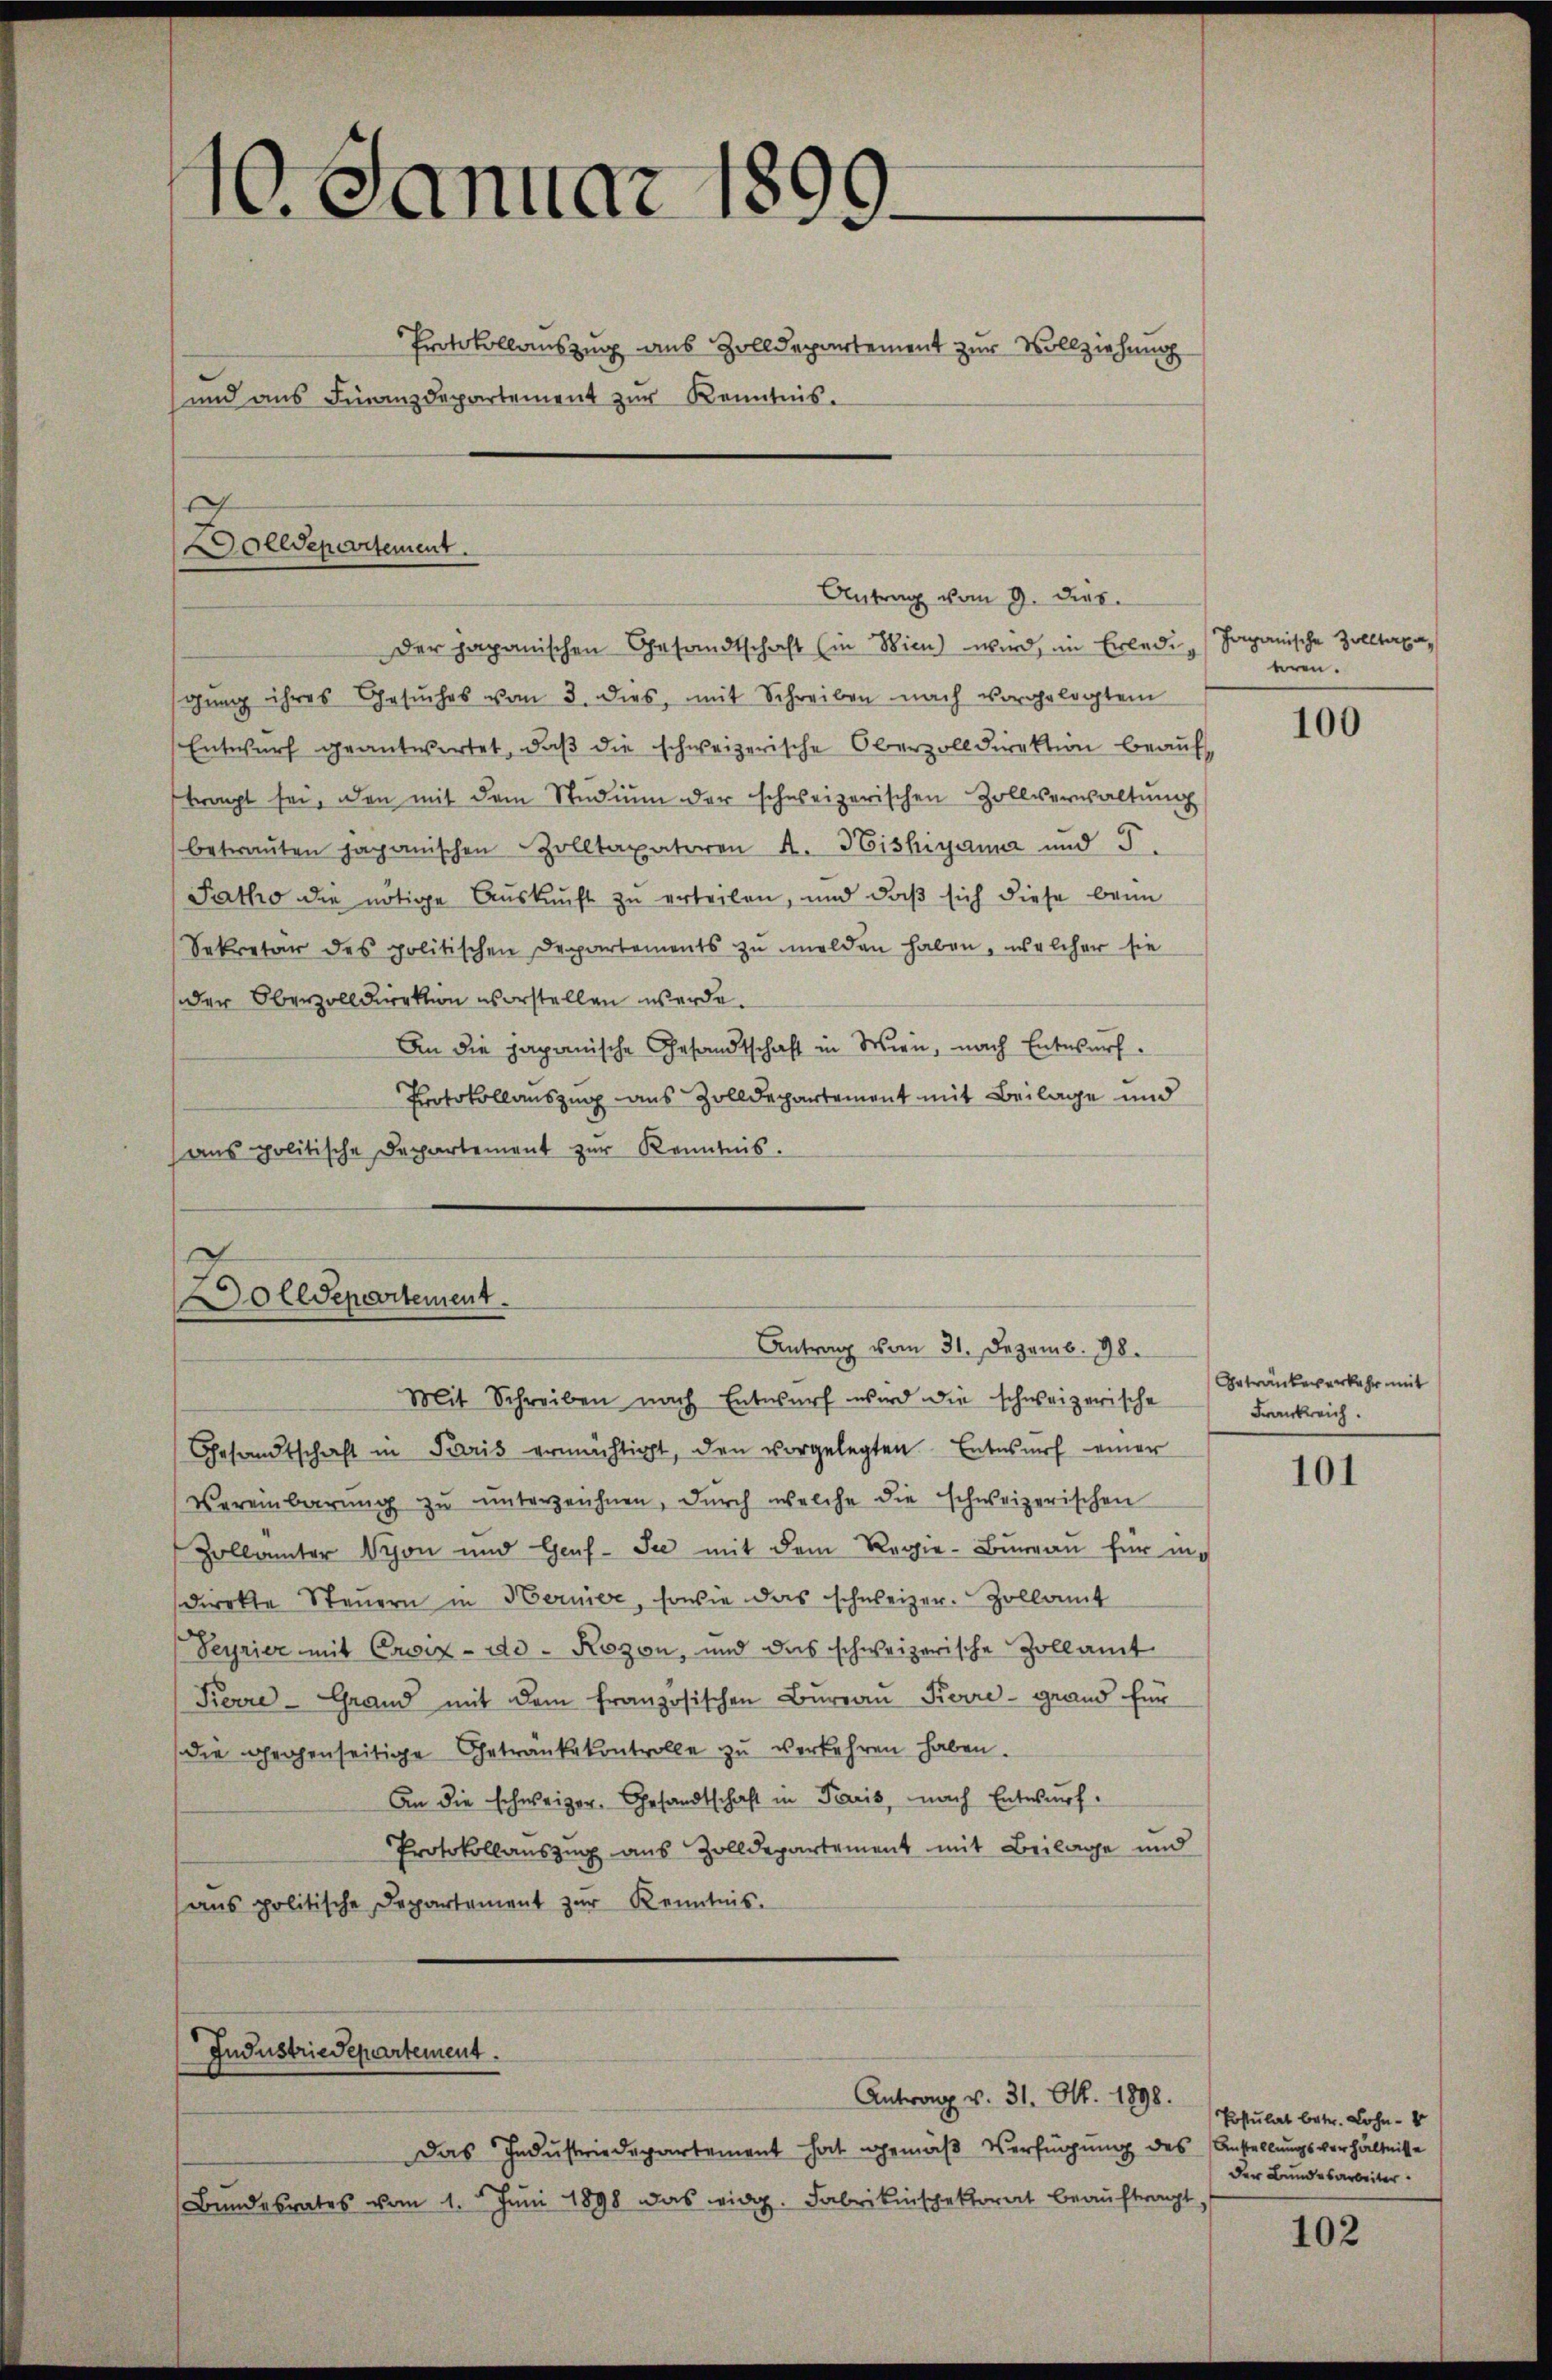
10. Januar 1899

und aus Finanzdepartement zur Kenntnis.

olldepartement.

s
olldepartement

Protokollauszug aus Zolldepartement zur Vollziehung

Antrag vom 9. dies
Der japanischen Gesandtschaft (in Wien) wird, im Erledig Japanische Zolltaxa,
sging ihres Gesuches vom 3. dies, mit Schreiben nach vorgelegtem
Entwŭrf geantwortet, daβ die schweizerische Oberzolldirektion beauf
trat sei, den mit dem Studium der schweizerischen Zollverwaltŭng
betraŭten Japanischen Zolltaxatoren A. Bishiyama und 5.
Patho die nötige Auskunft zu erteilen, und daß sich diese beim
Sekretär des politischen Departements zu melden haben, welcher sie
der Oberzolldirektion vorstellen werde.
An die japanische Gesandtschaft in Wien, nach Entwurf.
Protokollauszug aus Zolldepartement mit Beilage und
ans politische Departement zur Kenntnis.

Industriedepartement.

Antrag vom 31. Dezemb. 98.

Mit Schreiben nach Entwurf wird die schweizerische
Gesandtschaft in Paris ermächtigt, den vorgelegten Entwŭrf einer
Vereinbarŭng zŭ ŭnterzeichnen, dŭrch welche die schweizerischen
Zollämter Vyon und Genf. Sie mit dem Regie-Bureau für ins
direkte Steŭern in Hernier, sowie das schweizer. Zollamt
Seyrier mit Cawiz-de - Rozon, und das schweizerische Zollamt
Pierre-Grand mit dem französischen Bureau Korre- grand für
die gegenseitige Getränkekontrolle zu verkehren haben.
An die schweizer. Gesandtschaft in Paris, nach Entwurf.
Protokollauszug aus Zolldepartement mit Beilage und
ans politische Departement zŭr Kenntnis.

Das Industriedepartement hat gemäß Verfügung des Anstellungsverhältnisse
Bundesrates vom 1. Juni 1898 das eidg. Fabrikinspektorat beauftragt,

Antrag v. 31. Okt. 1898.

eren.

100

Getränker erkehr mit
Frankreich.

101

Postulat betr. Lohn - 4
der Bundesarbeiter.

102